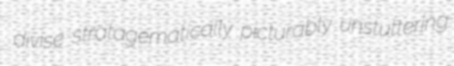
divise stratagematically picturably unstuttering